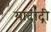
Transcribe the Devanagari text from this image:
यादाद्री